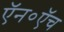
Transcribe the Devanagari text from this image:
ऍन०ऍच